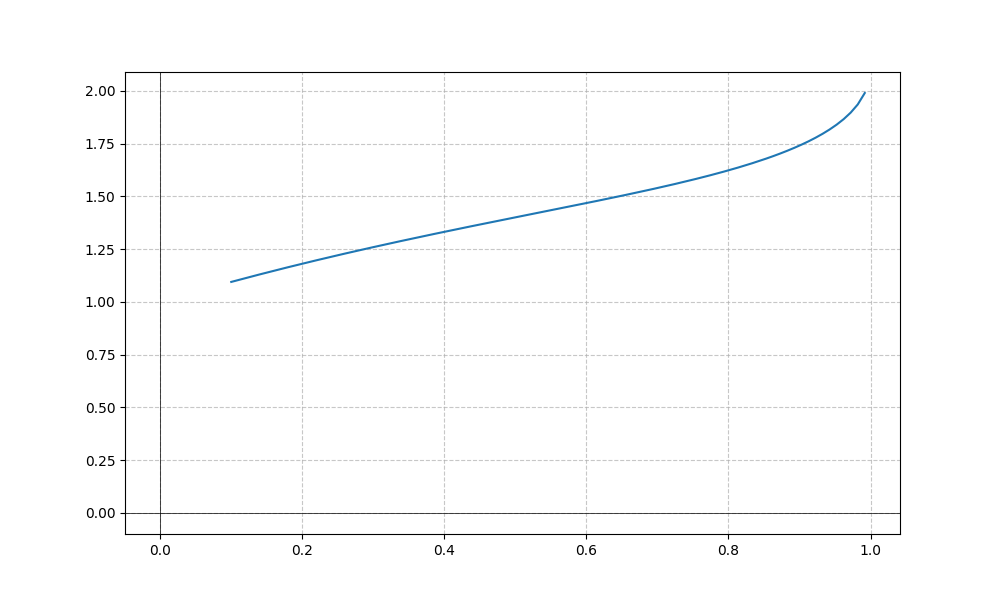
LaTeX formula: \cos{\left(x \right)} + \operatorname{asin}{\left(x \right)}